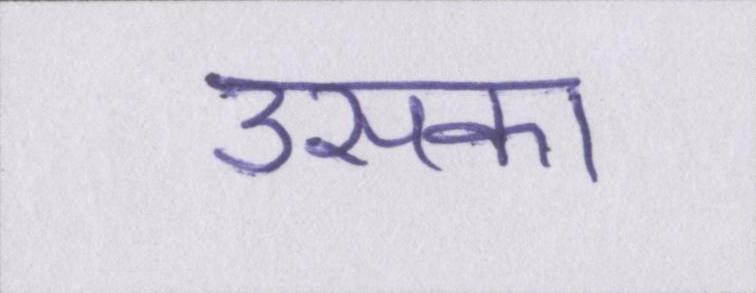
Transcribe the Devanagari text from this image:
उसका